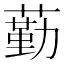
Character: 𦻵